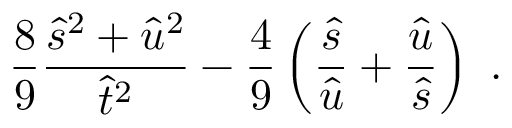
\frac { 8 } { 9 } \frac { \hat { s } ^ { 2 } + \hat { u } ^ { 2 } } { \hat { t } ^ { 2 } } - \frac { 4 } { 9 } \left( \frac { \hat { s } } { \hat { u } } + \frac { \hat { u } } { \hat { s } } \right) ~ .